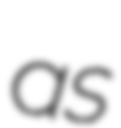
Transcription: as